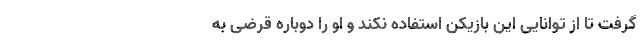
گرفت تا از توانایی این بازیکن استفاده نکند و او را دوباره قرضی به